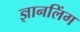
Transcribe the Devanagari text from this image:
ज्ञानलिंग